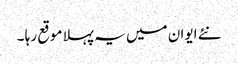
نئے ایوان میں یہ پہلا موقع رہا ۔